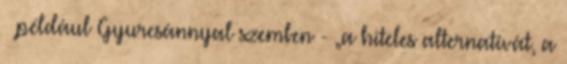
– például Gyurcsánnyal szemben - „a hi­­teles alternatívát, a